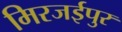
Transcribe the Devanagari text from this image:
मिरजईपुर